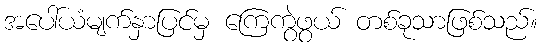
အပေါ်ယံမျက်နှာပြင်မှ ကြေကွဲဖွယ် တစ်ခုသာဖြစ်သည်။